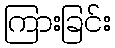
ကြားခြင်း